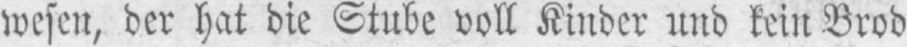
wesen, der hat die Stube voll Kinder und kein Brod